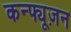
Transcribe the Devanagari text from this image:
कन्फ्यूज़न